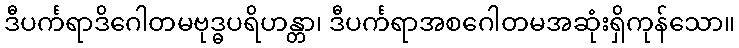
ဒီပင်္ကရာဒိဂေါတမဗုဒ္ဓပရိဟန္တာ၊ ဒီပင်္ကရာအစဂေါတမအဆုံးရှိကုန်သော။